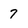
Character: 7